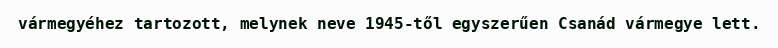
vármegyéhez tartozott, melynek neve 1945-től egyszerűen Csanád vármegye lett.